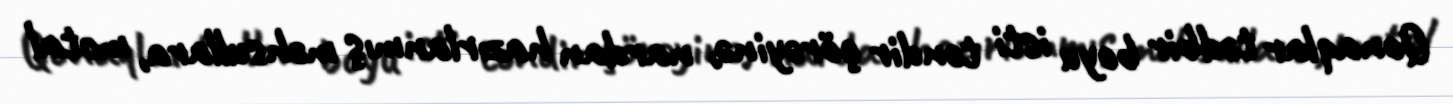
Qonaqlar tədbir boyu isti təndir çörəyinə, nardan hazırlanmış məhsullara, motal